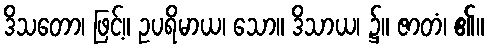
ဒိသတော၊ ဖြင့်။ ဥပရိမာယ၊ သော။ ဒိသာယ၊ ၌။ ဇာတံ၊ ၏။